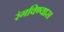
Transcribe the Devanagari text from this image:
रंगविण्यास